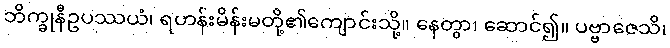
ဘိက္ခုနီဥပဿယံ၊ ရဟန်းမိန်းမတို့၏ကျောင်းသို့။ နေတွာ၊ ဆောင်၍။ ပဗ္ဗာဇေသိ၊